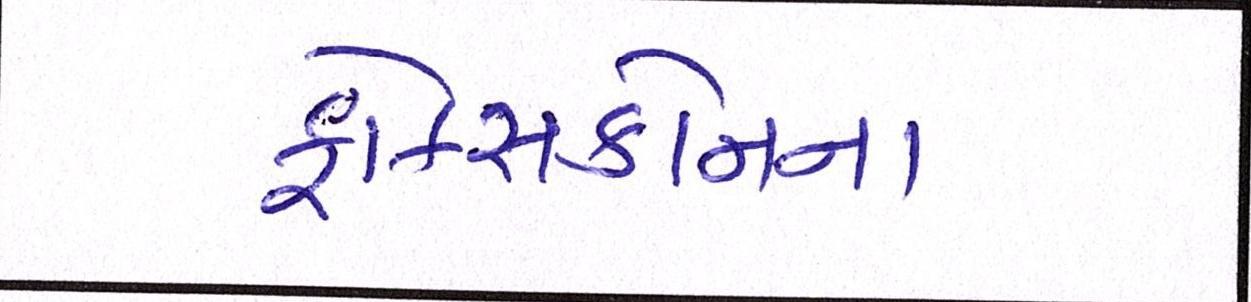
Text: ફોક્સકોનના